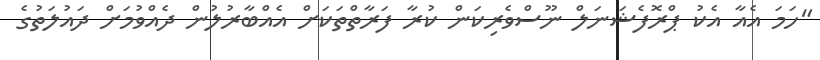
"ހަމަ އެއާ އެކު ޕްރޮފެޝަނަލް ނޫސްވެރިކަން ކުރާ ފަރާތްތަކަށް އެއްބާރުލުން ދެއްވުމަށް ދައުލަތުގެ